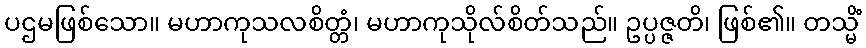
ပဌမဖြစ်သော။ မဟာကုသလစိတ္တံ၊ မဟာကုသိုလ်စိတ်သည်။ ဥပ္ပဇ္ဇတိ၊ ဖြစ်၏။ တသ္မိံ